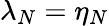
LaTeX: \lambda_{N}=\eta_{N}